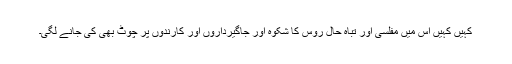
کہیں کہیں اس میں مفلسی اور تباہ حال روس کا شکوہ اور جاگیرداروں اور کارندوں پر چوٹ بھی کی جانے لگی۔